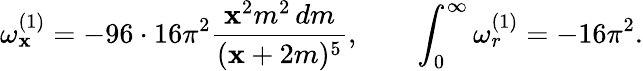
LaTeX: \omega_{\mathbf{x}}^{(1)}=-96\cdot16\pi^{2}{\frac{{\mathbf{x}^{2}m^{2}\, dm}}{{(\mathbf{x}+2m)^{5}}}},\quad\quad\int_{0}^{\infty}\omega_{r}^{(1)}=-16\pi^{2}.